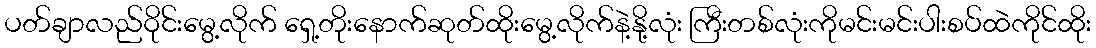
ပတ်ချာလည်ဝိုင်းမွေ့လိုက် ရှေ့တိုးနောက်ဆုတ်ထိုးမွေ့လိုက်နဲ့နို့လုံး ကြီးတစ်လုံးကိုမင်းမင်းပါးစပ်ထဲကိုင်ထိုး